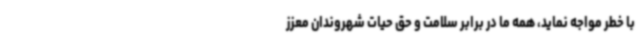
با خطر مواجه نماید، همه ما در برابر سلامت و حق حیات شهروندان معزز